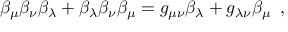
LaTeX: \beta _ { \mu } \beta _ { \nu } \beta _ { \lambda } + \beta _ { \lambda } \beta _ { \nu } \beta _ { \mu } = g _ { \mu \nu } \beta _ { \lambda } + g _ { \lambda \nu } \beta _ { \mu } \, \, \, ,